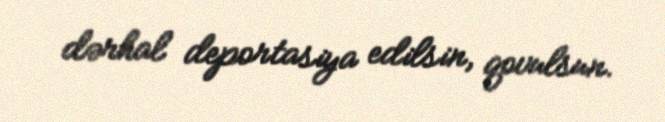
dərhal deportasiya edilsin, qovulsun.